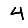
Digit: 4